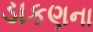
ડાકણના